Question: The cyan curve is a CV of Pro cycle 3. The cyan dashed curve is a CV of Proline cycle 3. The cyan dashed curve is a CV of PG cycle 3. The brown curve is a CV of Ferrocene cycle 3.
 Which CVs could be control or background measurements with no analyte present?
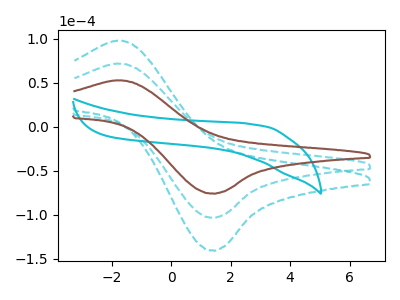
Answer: <think>The cyan curve "Pro cycle 3" has no peaks. The cyan dashed curve "Proline cycle 3" has an anodic peak at (-1.75V, 143.80uA) and a cathodic peak at (1.35V, -206.50uA). The cyan dashed curve "PG cycle 3" has an anodic peak at (-1.75V, 71.90uA) and a cathodic peak at (1.35V, -103.25uA). The brown curve "Ferrocene cycle 3" has an anodic peak at (-1.75V, 52.80uA) and a cathodic peak at (1.35V, -75.85uA).</think>
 <answer>"Pro cycle 3" is likely to be a blank.</answer>
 <eval>Pro cycle 3</eval>